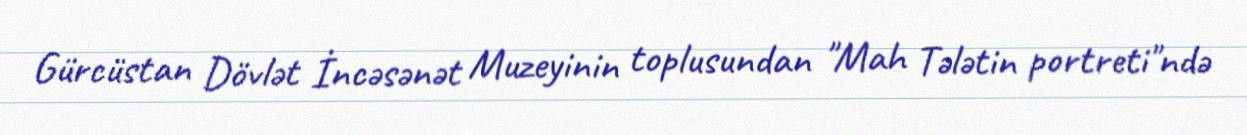
Gürcüstan Dövlət İncəsənət Muzeyinin toplusundan "Mah Tələtin portreti"ndə